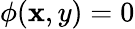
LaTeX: \phi(\mathbf{x},y)=0